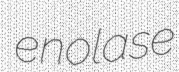
enolase